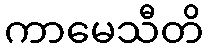
ကာမေသီတိ